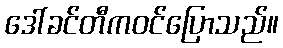
ဒေါ်ခင်တီကဝင်ပြောသည်။